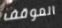
الموقف